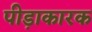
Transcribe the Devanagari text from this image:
पीड़ाकारक